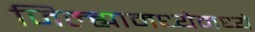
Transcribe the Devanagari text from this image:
जिल्ह्यामध्येमध्ये